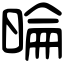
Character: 㫻